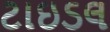
ટાઇડલ